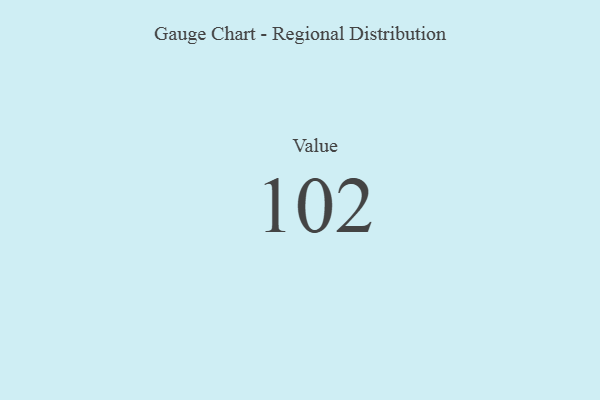
{"axis": {"x": "Metric", "y": "Value"}, "legend": [""], "data": [{"x": "Value", "y": 102, "type": ""}]}